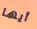
أيها